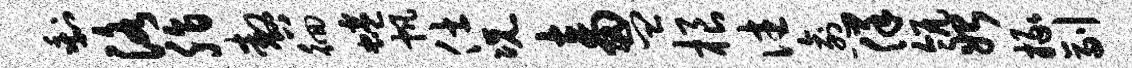
剩洛脂嗷徊蜷帆仕况畜皿根往愈佯瓴始掾副